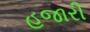
હજારી